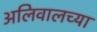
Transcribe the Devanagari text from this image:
अलिवालच्या